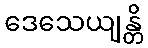
ဒေသေယျန္တိ